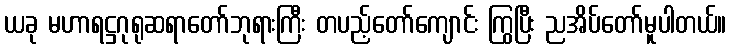
ယခု မဟာရဋ္ဌဂုရုဆရာတော်ဘုရားကြီး တပည့်တော်ကျောင်း ကြွပြီး ညအိပ်တော်မူပါတယ်။